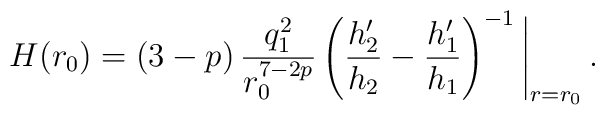
H(r_0) = (3-p)\,\frac{q_1^2}{r_0^{7-2p}} \left( \frac{h_2'}{h_2} -\frac{h_1'}{h_1} \right)^{-1} \Bigg\vert_{r=r_0} \,.